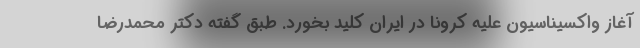
آغاز واکسیناسیون علیه کرونا در ایران کلید بخورد. طبق گفته دکتر محمدرضا